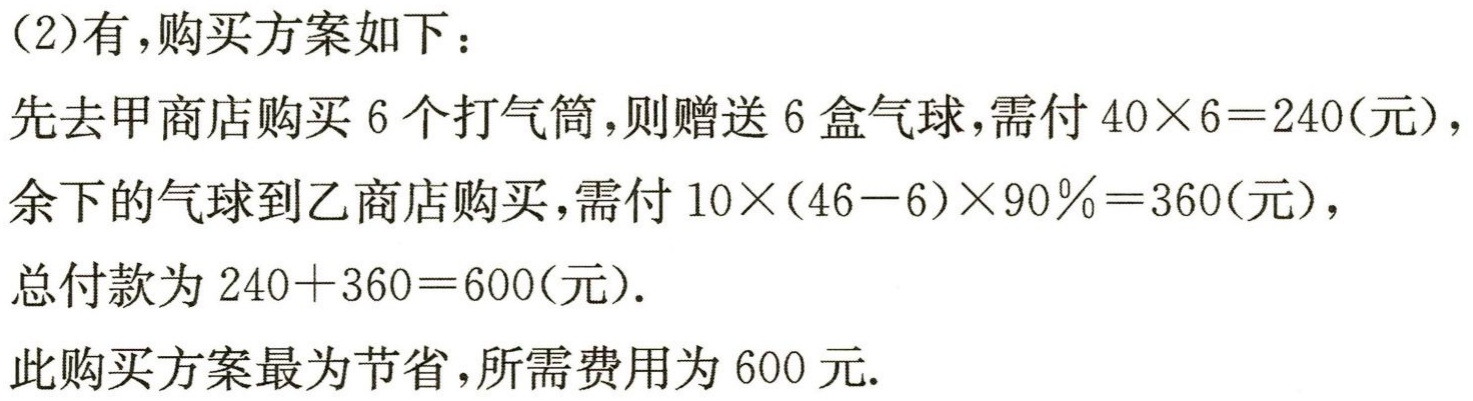
（2）有，购买方案如下：

先去甲商店购买 6 个打气筒，则赠送 6 盒气球，需付 \(40\times6 = 240\)（元），

余下的气球到乙商店购买，需付 \(10\times(46 - 6)\times90\%=360\)（元），

总付款为 \(240 + 360 = 600\)（元）.

此购买方案最为节省，所需费用为 600 元.